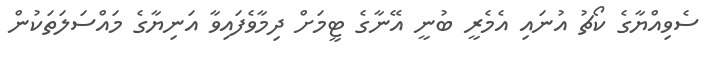
ސެވިއްޔާގެ ކޯޗު އުނައި އެމެރީ ބުނީ އޭނާގެ ޓީމަށް ދިމާވެފައިވާ އަނިޔާގެ މައްސަލަތަކުން